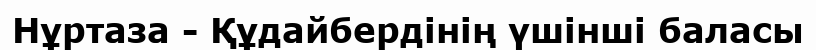
Нұртаза - Құдайбердінің үшінші баласы